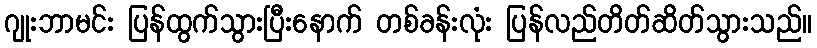
ဂျုးဘာမင်း ပြန်ထွက်သွားပြီးနောက် တစ်ခန်းလုံး ပြန်လည်တိတ်ဆိတ်သွားသည်။